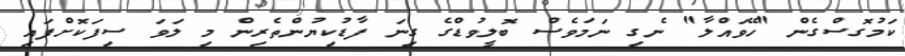
ކަމުގޮސްގެން "ހޭވައްލާ" ނެގި ނަމަވެސް ބޮލީވުޑްގެ ގިނަ ފާޑުކިޔުންތެރިން މި ލަވަ ސިފަކޮށްފައި